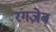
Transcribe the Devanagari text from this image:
रंगज़ेब